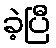
ခဲ့ပြီ